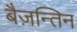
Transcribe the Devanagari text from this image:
बैज़न्तिन